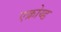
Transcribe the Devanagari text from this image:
एक्रोय्ड